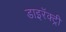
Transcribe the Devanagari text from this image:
डाइरॅक्ट्री